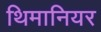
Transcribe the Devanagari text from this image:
थिमानियर